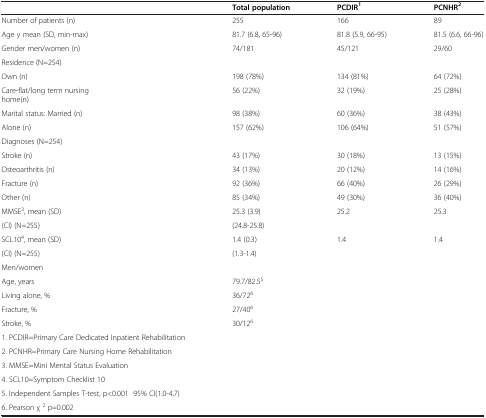
<table><thead><tr><td><b> </b></td><td><b>Total population</b></td><td><b>PCDIR<sup>1</sup></b></td><td><b>PCNHR<sup>2</sup></b></td></tr></thead><tbody><tr><td>Number of patients (n)</td><td>255</td><td>166</td><td>89</td></tr><tr><td>Age y mean (SD, min-max)</td><td>81.7 (6.8, 65-96)</td><td>81.8 (5.9, 66-95)</td><td>81.5 (6.6, 66-96)</td></tr><tr><td>Gender men/women (n)</td><td>74/181</td><td>45/121</td><td>29/60</td></tr><tr><td>Residence (N=254)</td><td> </td><td> </td><td> </td></tr><tr><td>Own (n)</td><td>198 (78%)</td><td>134 (81%)</td><td>64 (72%)</td></tr><tr><td>Care-flat/long term nursing home(n)</td><td>56 (22%)</td><td>32 (19%)</td><td>25 (28%)</td></tr><tr><td>Marital status: Married (n)</td><td>98 (38%)</td><td>60 (36%)</td><td>38 (43%)</td></tr><tr><td>Alone (n)</td><td>157 (62%)</td><td>106 (64%)</td><td>51 (57%)</td></tr><tr><td>Diagnoses (N=254)</td><td> </td><td> </td><td> </td></tr><tr><td>Stroke (n)</td><td>43 (17%)</td><td>30 (18%)</td><td>13 (15%)</td></tr><tr><td>Osteoarthritis (n)</td><td>34 (13%)</td><td>20 (12%)</td><td>14 (16%)</td></tr><tr><td>Fracture (n)</td><td>92 (36%)</td><td>66 (40%)</td><td>26 (29%)</td></tr><tr><td>Other (n)</td><td>85 (34%)</td><td>49 (30%)</td><td>36 (40%)</td></tr><tr><td>MMSE<sup>3</sup>, mean (SD)</td><td>25.3 (3.9)</td><td>25.2</td><td>25.3</td></tr><tr><td>(CI) (N=255)</td><td>(24.8-25.8)</td><td> </td><td> </td></tr><tr><td>SCL10<sup>4</sup>, mean (SD)</td><td>1.4 (0.3)</td><td>1.4</td><td>1.4</td></tr><tr><td>(CI) (N=255)</td><td>(1.3-1.4)</td><td> </td><td> </td></tr><tr><td>Men/women</td><td> </td><td> </td><td> </td></tr><tr><td>Age, years</td><td>79.7/82.5<sup>5</sup></td><td> </td><td> </td></tr><tr><td>Living alone, %</td><td>36/72<sup>6</sup></td><td> </td><td> </td></tr><tr><td>Fracture, %</td><td>27/40<sup>6</sup></td><td> </td><td> </td></tr><tr><td>Stroke, %</td><td>30/12<sup>6</sup></td><td> </td><td> </td></tr><tr><td>1. PCDIR=Primary Care Dedicated Inpatient Rehabilitation</td><td> </td><td> </td><td> </td></tr><tr><td>2. PCNHR=Primary Care Nursing Home Rehabilitation</td><td> </td><td> </td><td> </td></tr><tr><td>3. MMSE=Mini Mental Status Evaluation</td><td> </td><td> </td><td> </td></tr><tr><td>4. SCL10=Symptom Checklist 10</td><td> </td><td> </td><td> </td></tr><tr><td>5. Independent Samples T-test, p&lt;0.001 95% CI(1.0-4.7)</td><td> </td><td> </td><td> </td></tr><tr><td>6. Pearson χ <sup>2</sup> p=0.002</td><td> </td><td> </td><td> </td></tr></tbody></table>